Medical and sanitary report of the native army of Bengal for the year
Year: 1877
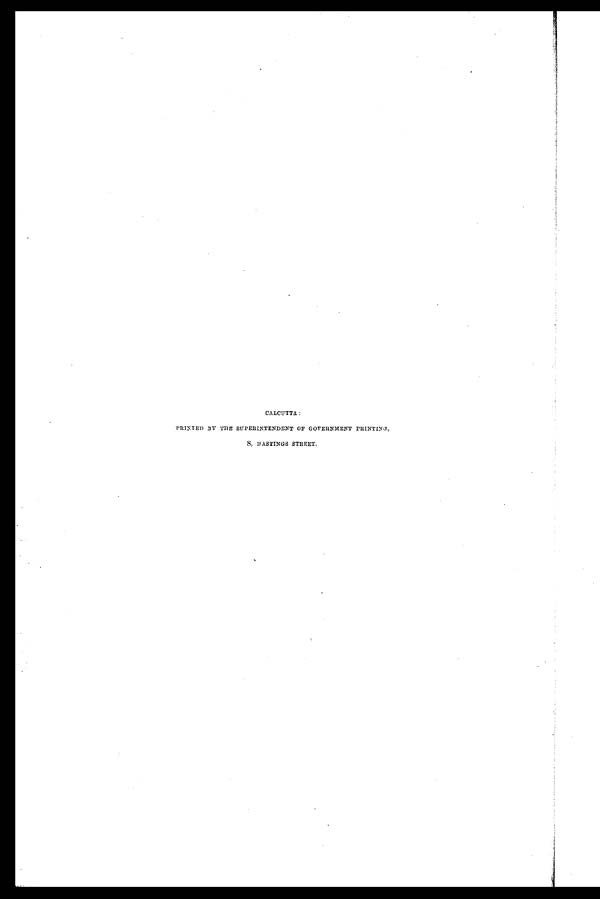
CALCUTTA:
PRINTED BY THE SUPERINTENDENT OF GOVERNMENT PRINTING,
8, HASTINGS STREET.